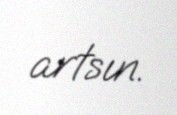
artsın.